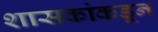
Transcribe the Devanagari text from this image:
शासकांकडून